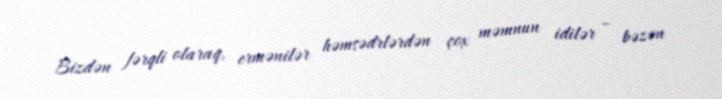
Bizdən fərqli olaraq, ermənilər həmsədrlərdən çox məmnun idilər – bəzən